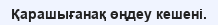
Қарашығанақ өңдеу кешені.